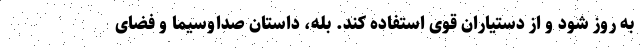
به روز شود و از دستیاران قوی استفاده کند. بله، داستان صداوسیما و فضای